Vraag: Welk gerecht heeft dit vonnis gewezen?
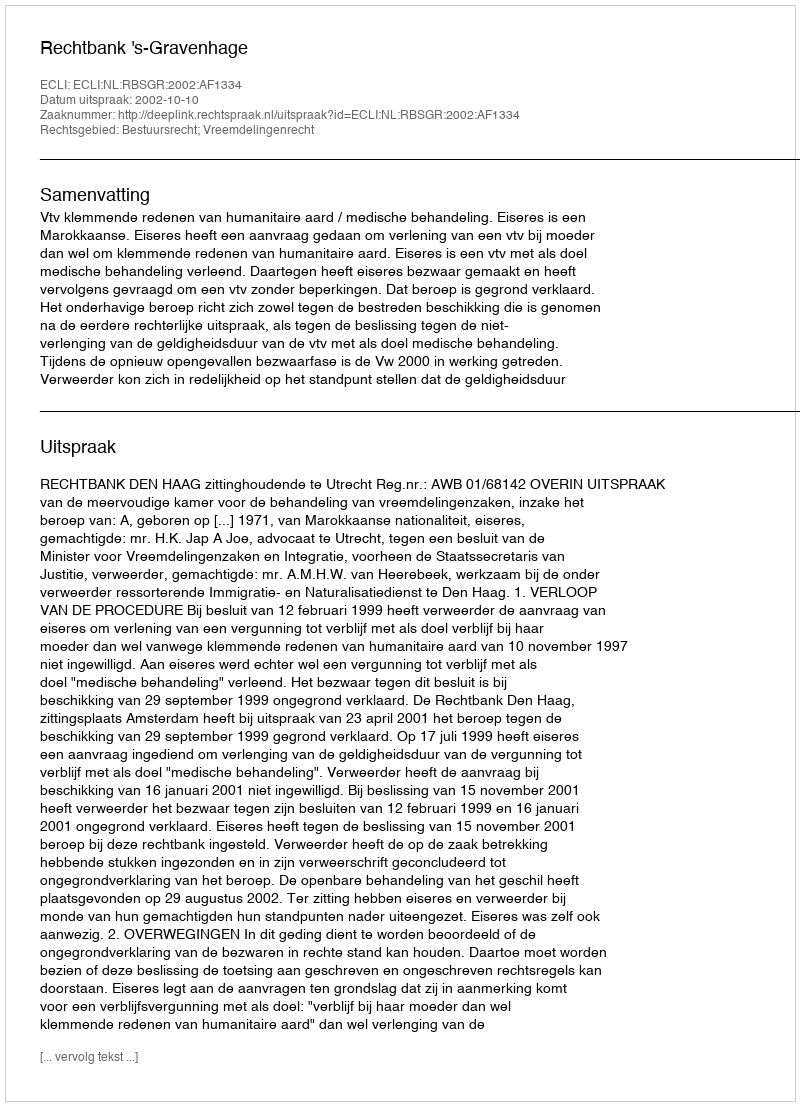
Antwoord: Rechtbank 's-Gravenhage